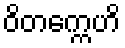
ဝိတက္ကေဟိ